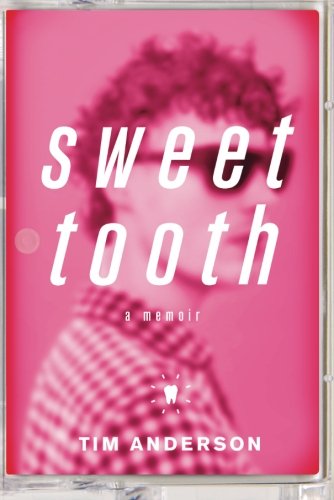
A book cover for Sweet Tooth: A Memoir; Tim Anderson; Gay & Lesbian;